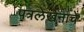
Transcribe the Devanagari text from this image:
पत्रलेखनाचे